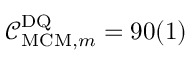
\mathcal { C } _ { \mathrm { M C M } , m } ^ { \mathrm { D Q } } = 9 0 ( 1 ) \